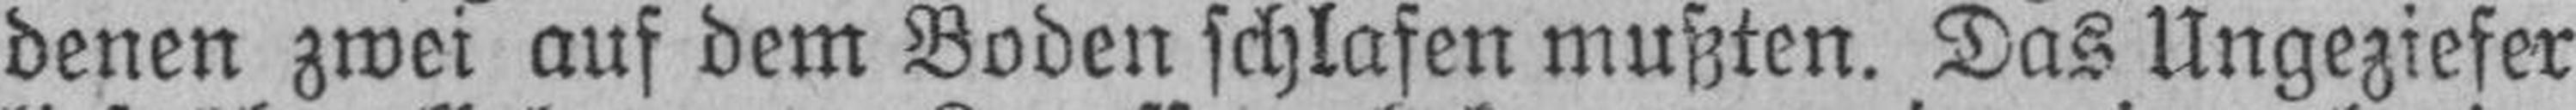
denen zwei auf dem Boden schlafen mußten. Das Ungeziefer